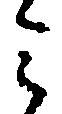
ミ